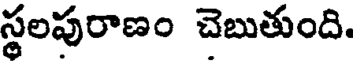
స్థలపురాణం చెబుతుంది.